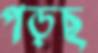
পড়ছ